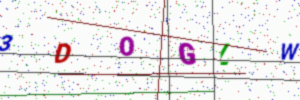
Text: 3DOGLW